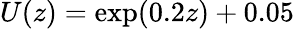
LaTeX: U(z)=\exp(0.2z)+0.05